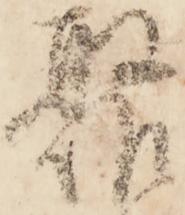
聚